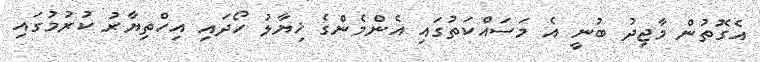
އެގޮތުން މާޖިދު ބުނީ އެ މަސައްކަތުގައި އެންމެންގެ ޚިޔާލު ހޯދައި އިހްތިޔާރު ކުރުމުގައި